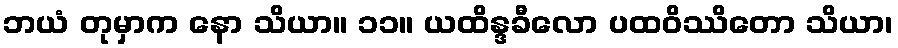
ဘယံ တုမှာက နော သိယာ။ ၁၁။ ယထိန္ဒခီလော ပထဝိဿိတော သိယာ၊